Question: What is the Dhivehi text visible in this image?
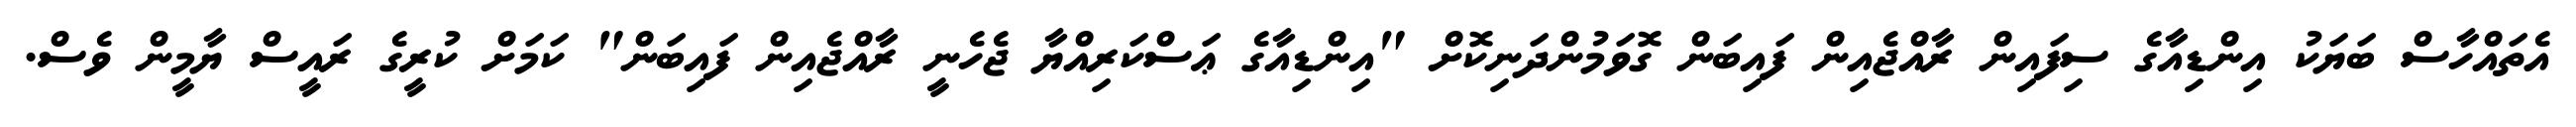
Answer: އެތައްހާސް ބަޔަކު އިންޑިއާގެ ސިފައިން ރާއްޖެއިން ފައިބަން ގޮވަމުންދަނިކޮށް "އިންޑިއާގެ ޢަސްކަރިއްޔާ ޖެހެނީ ރާއްޖެއިން ފައިބަން" ކަމަށް ކުރީގެ ރައީސް ޔާމީން ވެސް.